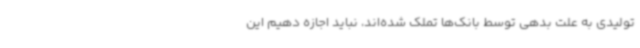
تولیدی به علت بدهی توسط بانک‌ها تملک شده‌اند، نباید اجازه دهیم این